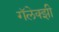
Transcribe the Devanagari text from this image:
गॅलेक्झी